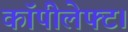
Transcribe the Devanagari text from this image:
कॉपीलेफ्ट।